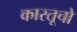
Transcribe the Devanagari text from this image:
कारतूचो